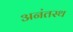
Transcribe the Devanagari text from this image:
अनंतस्थ